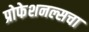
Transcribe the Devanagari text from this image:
प्रोफेशनल्सचा